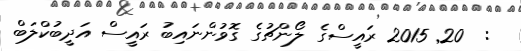
:  20